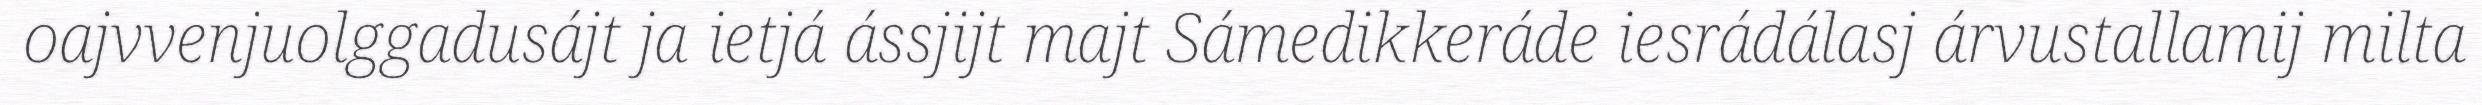
oajvvenjuolggadusájt ja ietjá ássjijt majt Sámedikkeráde iesrádálasj árvustallamij milta